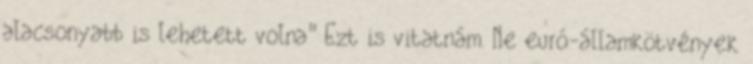
alacsonyabb is lehetett volna" Ezt is vitatnám. Ne euró-államkötvények